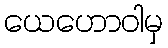
ယေဟောဝါမှ